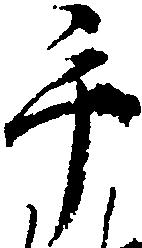
手